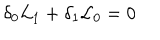
\delta _ { 0 } { \cal L } _ { 1 } + \delta _ { 1 } { \cal L } _ { 0 } = 0